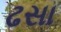
ઢસા